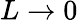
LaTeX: L\to 0